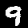
Label: 9